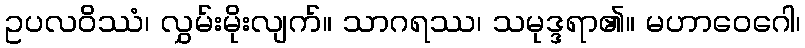
ဥပလဝိဿံ၊ လွှမ်းမိုးလျက်။ သာဂရဿ၊ သမုဒ္ဒရာ၏။ မဟာဝေဂေါ၊